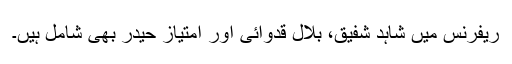
ریفرنس میں شاہد شفیق، بلال قدوائی اور امتیاز حیدر بھی شامل ہیں۔